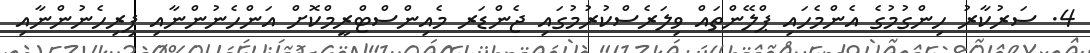
4. ސަރުކާރު ހިންގުމުގެ އެންމެހައި ޕްލޭންތައް ވިލަރެސްކުރުމުގައި ޖެންޑަރ މެއިންސްޓްރީމްކޮށް އަންހެނުންނާއި ފިރިހެނުންނާއި